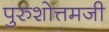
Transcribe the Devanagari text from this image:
पुरुशोत्तमजी